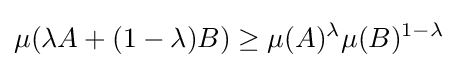
\mu (\lambda A+(1-\lambda )B)\geq \mu (A)^{\lambda }\mu (B)^{1-\lambda }